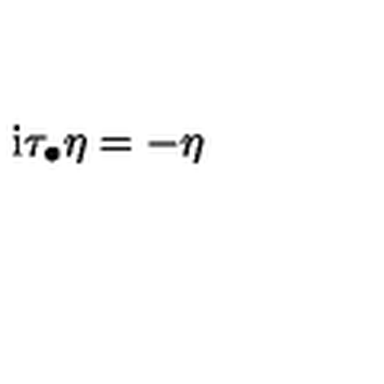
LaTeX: \mathrm { i } \tau _ { \bullet } \eta = - \eta